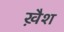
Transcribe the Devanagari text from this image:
ख़ैश